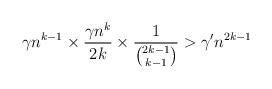
LaTeX: \begin{align*}\gamma n^{k-1} \times \frac{\gamma n^k }{2k} \times \frac{1}{ \binom{2k-1}{k-1}} > \gamma ' n^{2k-1}\end{align*}